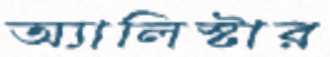
অ্যালিস্টার